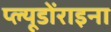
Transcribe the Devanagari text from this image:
प्ल्यूडोंराइना